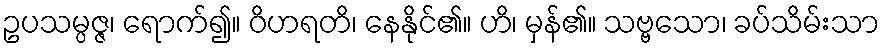
ဥပသမ္ပဇ္ဇ၊ ရောက်၍။ ဝိဟရတိ၊ နေနိုင်၏။ ဟိ၊ မှန်၏။ သဗ္ဗသော၊ ခပ်သိမ်းသာ